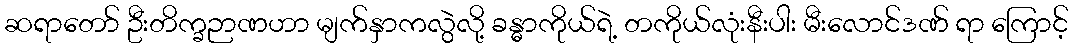
ဆရာတော် ဦးတိက္ခဉာဏဟာ မျက်နှာကလွဲလို့ ခန္ဓာကိုယ်ရဲ့ တကိုယ်လုံးနီးပါး မီးလောင်ဒဏ် ရာ ကြောင့်